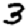
Digit: 3